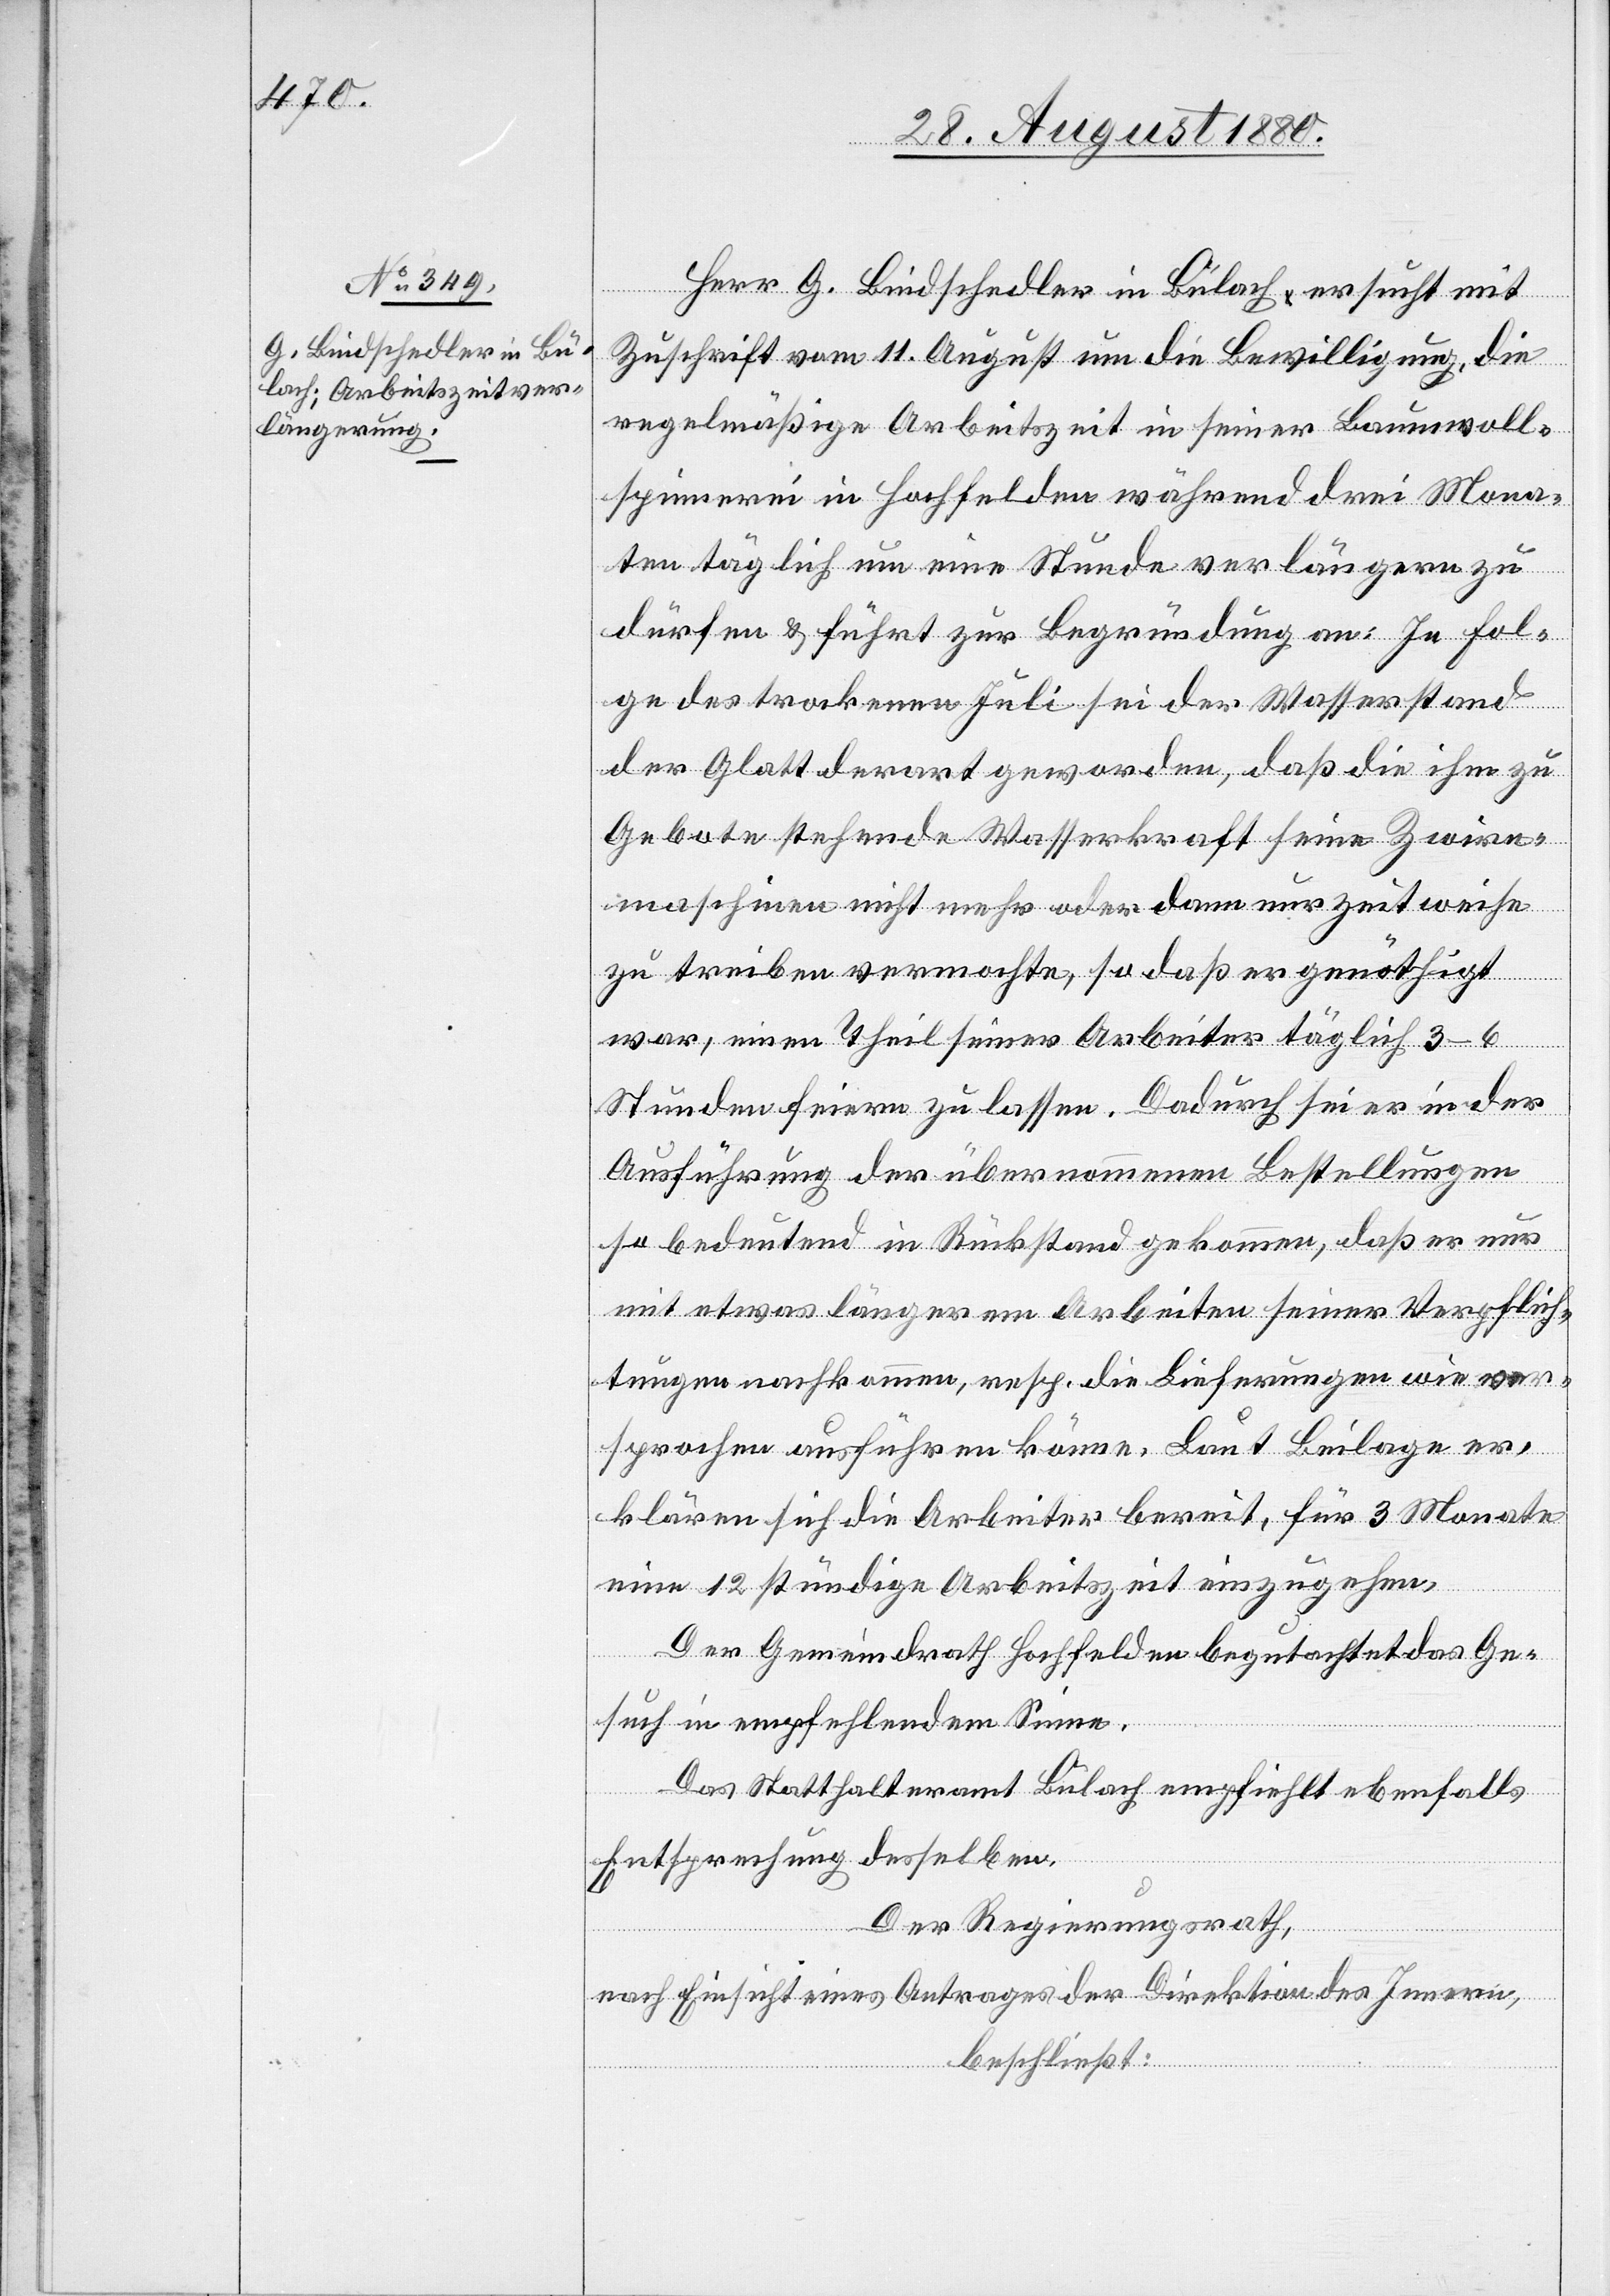
Herr G. Bindschedler in Bülach ersucht mit
Zuschrift vom 11. August um die Bewilligung, die
regelmäßige Arbeitszeit in seiner Baumwoll¬
spinnerei in Hochfelden während drei Mona¬
ten täglich um eine Stunde verlängern zu
dürfen & führt zu Begründung an: In Fol¬
ge des trockenen Juli sie der Wasserstand
der Glatt derart geworden, daß ihm zu
Gebote stehende Wasserkraft seine Zwirn¬
maschinen nicht mehr oder dann nur zeitweise
zu treiben vermochte, so daß er genöthigt
war, einen Theil seiner Arbeiter täglich 3–6
Stunden feiern zu lassen. Dadurch sei er in der
Ausführung der übernommenen Bestellungen
so bedeutend in Rückstand gekommen, daß er nur
mit etwas längerem Arbeiten seiner Verpflich¬
tungen nachkommen, resp. die Lieferungen wie ver¬
sprochen ausführen könne. Laut Beilage er¬
klären sich die Arbeiter bereit, für 3 Monate
eine 12 stündige Arbeitszeit einzugehen.
Der Gemeindrath Hochfelden begutachtet das Ge¬
such in empfehlendem Sinne.
Das Statthalteramt Bülach empfiehlt ebenfalls
Entsprechung desselben.
Der Regierungsrath,
nach Einsicht eines Antrages der Direktion des Innern,
beschließt: